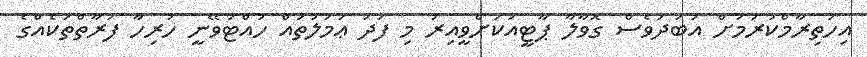
އިހުތިރާމްކުރުމަށް އަބަދުވެސް ގޮވާލާ ޕާޓީއަކަށްވީއިރު މި ފަދަ ޢަމަލުތައް ހުއްޓުވޭނީ ހުރިހާ ފަރާތްތަކެއްގެ